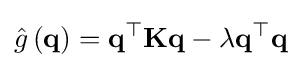
{\hat {g}}\left(\mathbf {q} \right)=\mathbf {q} ^{\top }\mathbf {K} \mathbf {q} -\lambda \mathbf {q} ^{\top }\mathbf {q}